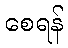
စေရန်